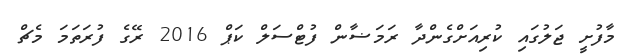
މާފުށީ ޖަލުގައި ކުރިއަށްގެންދާ ރަމަޟާން ފުޓްސަލް ކަޕް 2016 ރޭގެ ފުރަތަމަ މެޗް